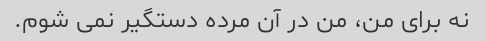
نه برای من، من در آن مرده دستگیر نمی شوم.